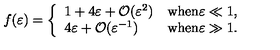
f ( \varepsilon ) = \left\{ \begin{array} { l l } { 1 + 4 \varepsilon + \mathcal { O } ( \varepsilon ^ { 2 } ) } & { \mathrm { w h e n \varepsilon \ll 1 } , } \\ { 4 \varepsilon + \mathcal { O } ( \varepsilon ^ { - 1 } ) } & { \mathrm { w h e n \varepsilon \gg 1 } . } \\ \end{array} \right.